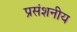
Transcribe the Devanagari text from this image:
प्रसंशनीय